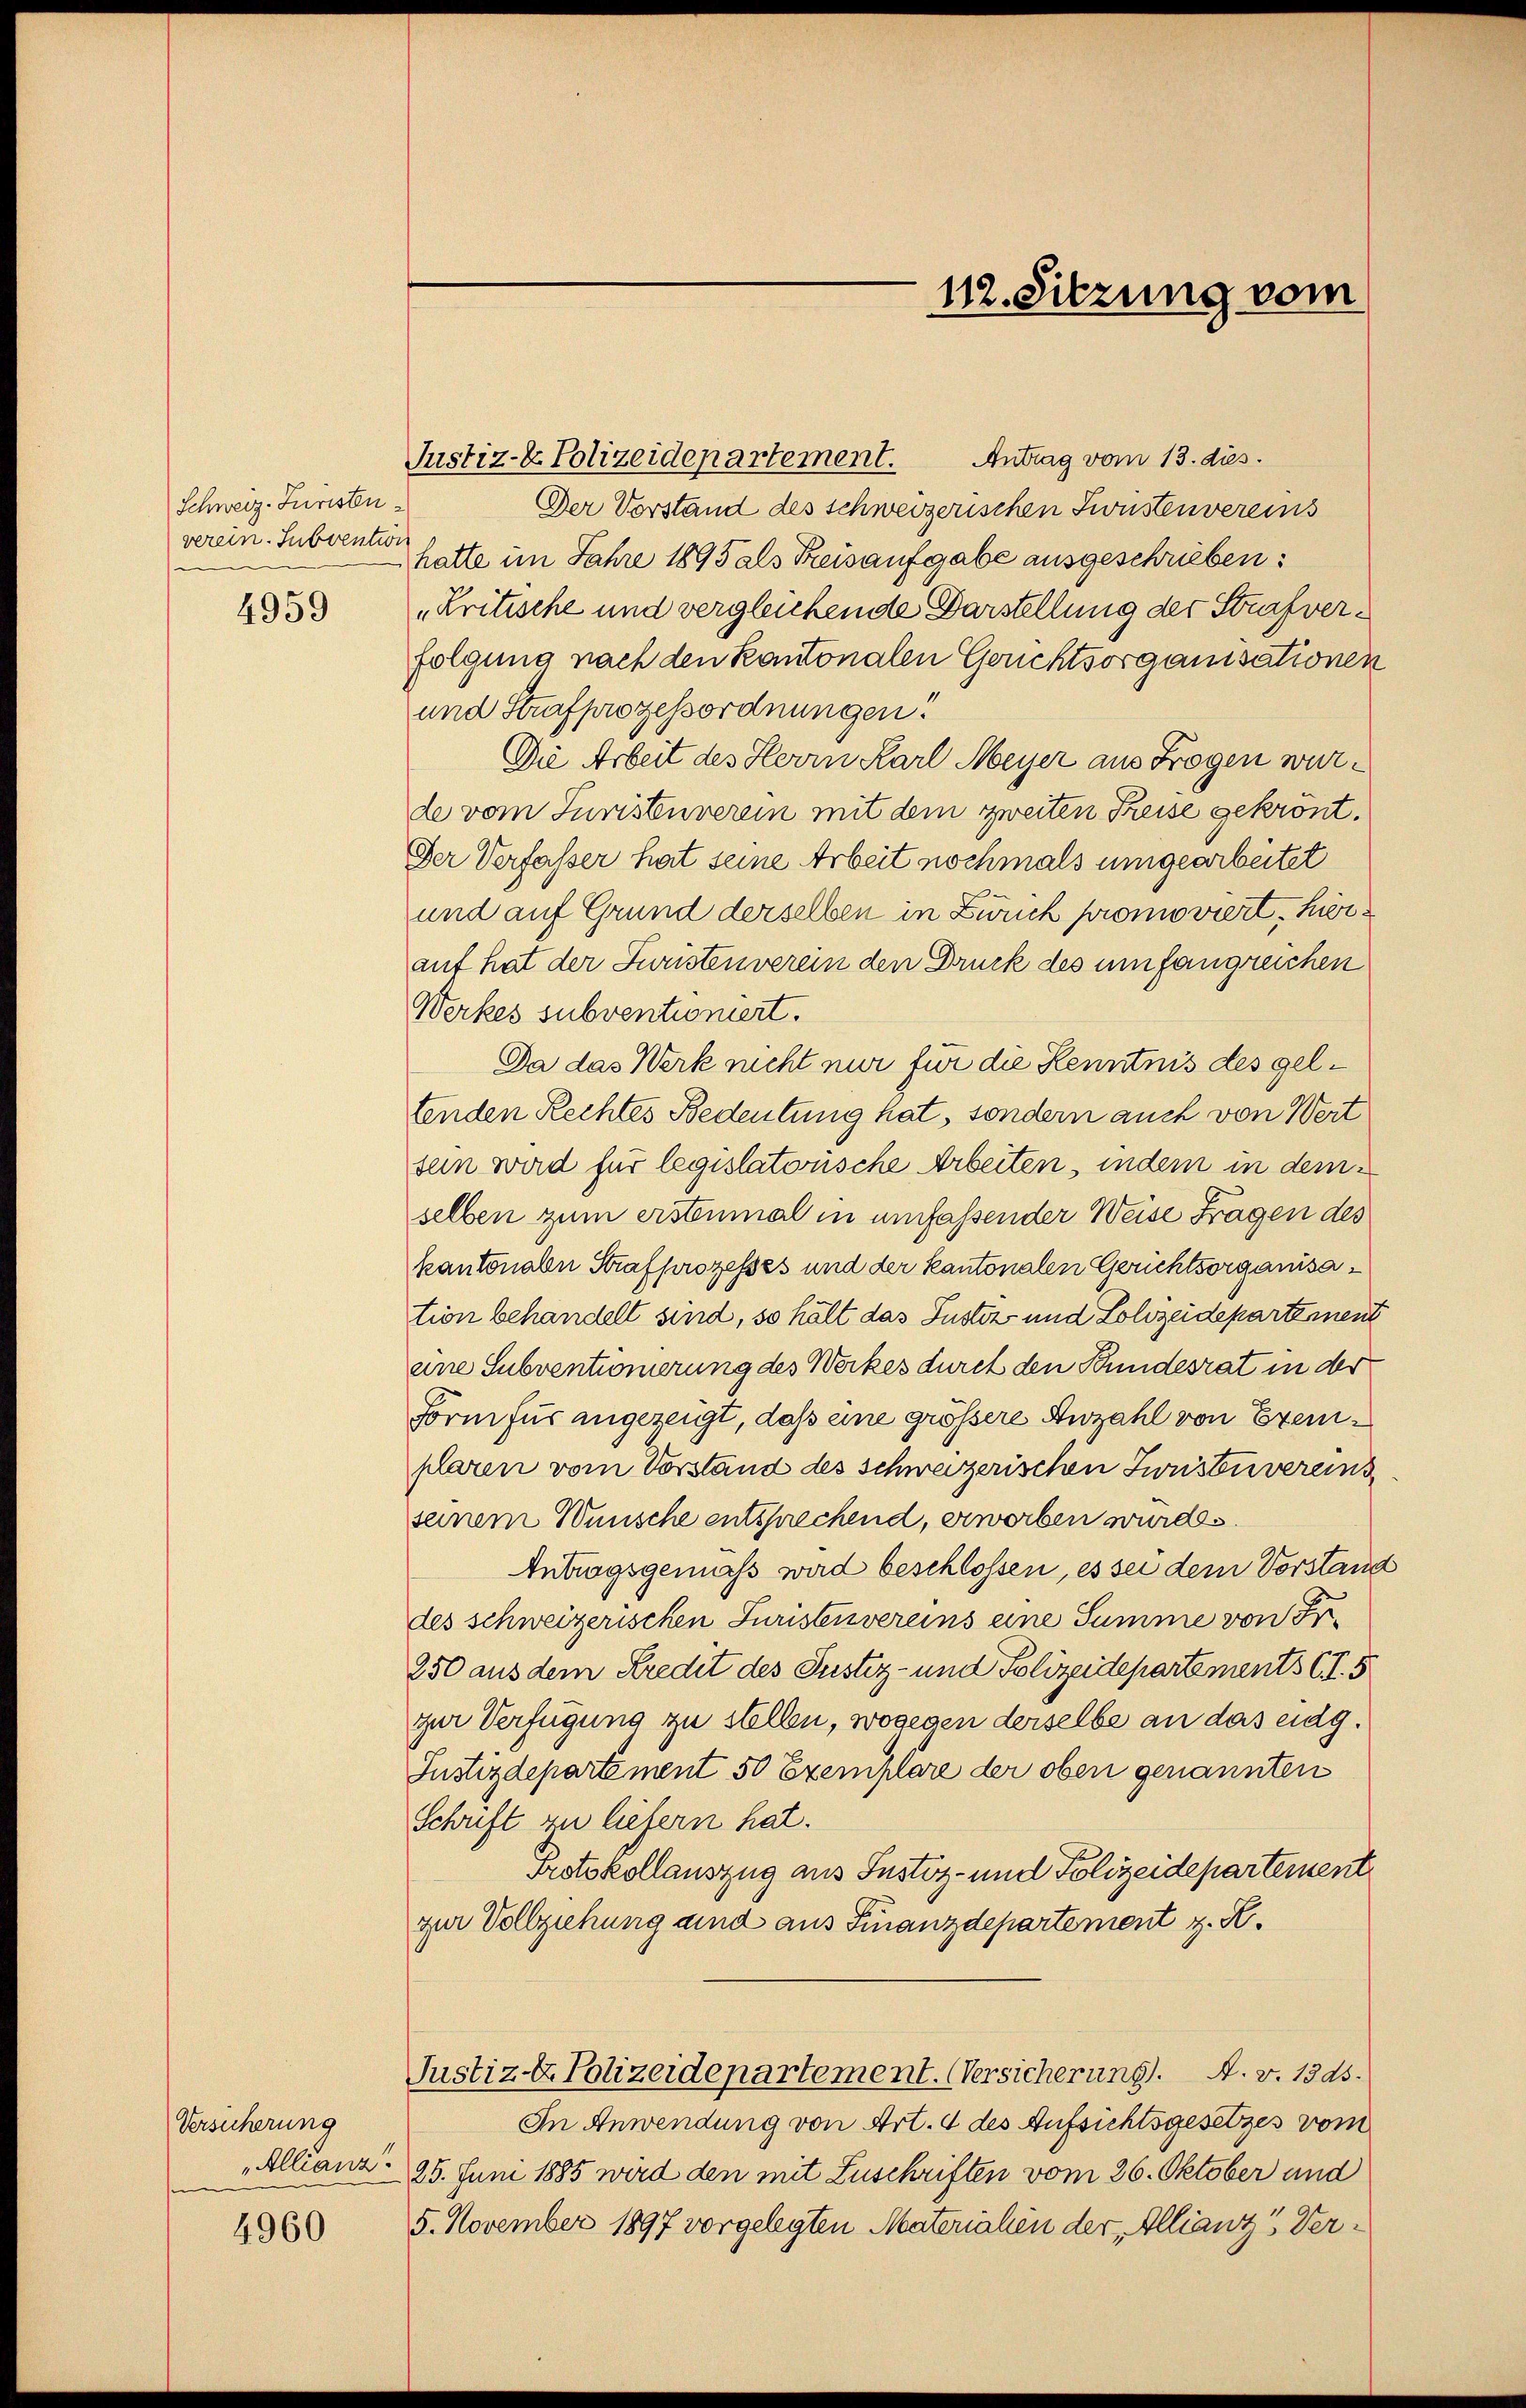
Schweiz. Juristen
verein. Subvention

4959

Versicherung
„Allianz.

4960

Justiz- & Polizeidepartement.

Antrag vom 13. dies.
Der Vorstand des schweizerischen Sonstenvereins
hatte im Jahre 1895 als Kreisaufgabe ausgeschrieben:
„Kritische und vergleichende Darstellung der Strafverfolgung nach den Kantonalen Gerichtsorganisationen
und Strafprozessordnungen.
Die Arbeit des Herrn Karl Meyer aus Frogen wurde vom Juristenverein mit dem zweiten Freise gekrönt.
Der Verfasser hat seine Arbeit nochmals umgearbeitet
und auf Grund derselben in Zürich promoviert, hierauf hat der Juristenverein den Druck des umfangreichen
Werkes subventioniert.
Da das Werk nicht nur für die Kenntnis des geltenden Rechtes Bedeutung hat, sondern auch von Wert
sein wird für legislatonsche Arbeiten, indem in dem
selben zum erstenmal in umfassender Weise Fragen des
kantonalen Strafprozesses und der kantonalen Gerichtsorganisation behandelt sind, so hält das Justiz und Lolizeidepartement
eine Subventionierung des Werkes durch den Bundesrat in der
Form für angezeigt, daß eine grössere Anzahl von Exemplaren vom Vorstand des Schweizerischen Forstvereins
seinem Wünsche entsprechend, erwerben wurde.
Antragsgemäß wird beschlossen, es sei dem Vorstand
des schweizerischen Juristenvereins eine Summe von d
250 aus dem Kredit des Justiz- und Polizeidepartements (T. 5
zur Verfügung zu stellen, wogegen derselbe an das eidg.
Justizdepartement 50 Exemplare der oben genannten
Schrift zu liefern hat.
Protokollauszug aus Justiz- und Polizeidepartement
zur Vollziehung sind aus Finanzdepartement z. B.
Justiz- & Polizeidepartement. (Versicherung. A. v. 1345.
In Anwendung von Art. 4 des Aufsichtsgesetzes vom
25. Juni 1885 wird den mit Zuschriften vom 26. Oktober und
5. November 1897 vorgelegten Materialen der „Allianz-Ver¬

112. Sitzung vom